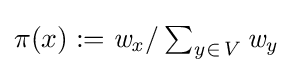
{\textstyle \pi (x):={\it {{w}_{x}/\sum _{y\in V}{\it {{w}_{y}}}}}}